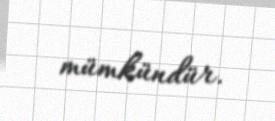
mümkündür.